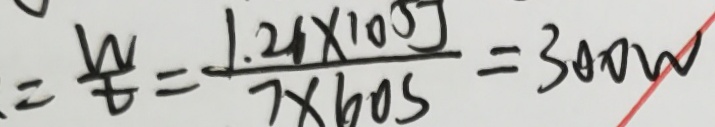
= \frac { w } { t } = \frac { 1 . 2 6 \times 1 0 5 j } { 7 \times 6 0 s } = 3 0 0 w